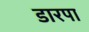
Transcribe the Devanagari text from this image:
डारपा